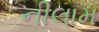
નીલામ